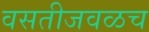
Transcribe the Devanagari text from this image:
वसतीजवळच